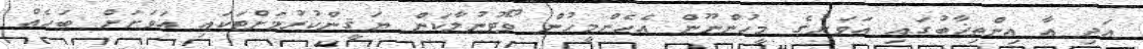
އަދި އާ އިންތިޚާބުގައި އަވަށުގެ މީހުންނޫން އެހެންމީހުން ވޯޓުނުލާކަން ޔަޤީންކުރުމަށްޓަކައި އަވަށަށް ބަހެއް